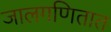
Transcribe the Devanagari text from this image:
जालगणितात